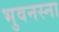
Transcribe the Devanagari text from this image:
भुवनस्ना